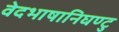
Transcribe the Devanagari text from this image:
वेदभाषानिघण्टु